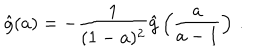
\hat { g } ( a ) = - { \frac { 1 } { ( 1 - a ) ^ { 2 } } } \hat { g } \left( { \frac { a } { a - 1 } } \right) \, .